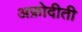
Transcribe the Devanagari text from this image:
अफ्रोदीती